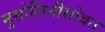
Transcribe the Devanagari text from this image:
मुसोलिनीसोबत